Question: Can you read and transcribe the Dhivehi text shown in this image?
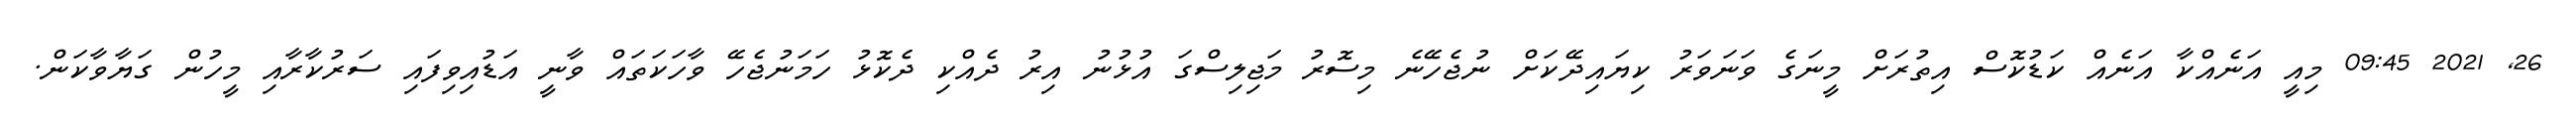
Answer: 26, 2021 09:45 މިއީ އަނެއްކާ އަނެއް ކަޑުކޮސް އިތުރަށް މީނަގެ ވަނަވަރު ކިޔައިދޭކަށް ނުޖެހޭނެ މިސޮރު މަޖިލިސްގަ އުޅުނު އިރު ދެއްކި ދެކޮޅު ހަމަނުޖެހޭ ވާހަކަތައް ވާނީ އަޑުއިވިފައި ސަރުކާރާއި މީހުން ގަޔާވާކަން.